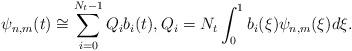
LaTeX: \begin{align*} \psi_{n,m}(t)\cong\sum_{i=0}^{N_t-1}Q_ib_i(t), Q_i=N_t\int_0^1b_i(\xi)\psi_{n,m}(\xi)d\xi.\end{align*}